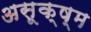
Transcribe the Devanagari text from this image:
असूक्ष्म